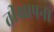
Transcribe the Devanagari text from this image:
तीखापन।